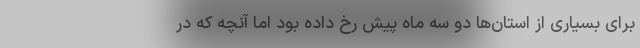
برای بسیاری از استان‌ها دو سه ماه پیش رخ داده بود اما آنچه که در